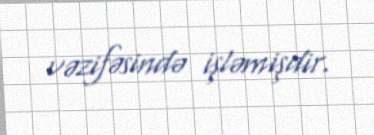
vəzifəsində işləmişdir.